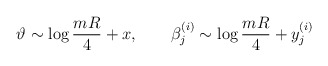
\begin{align*}\vartheta\sim\log{mR\over{4}}+x,\qquad\beta^{(i)}_{j}\sim\log{mR\over{4}}+y^{(i)}_{j}\end{align*}